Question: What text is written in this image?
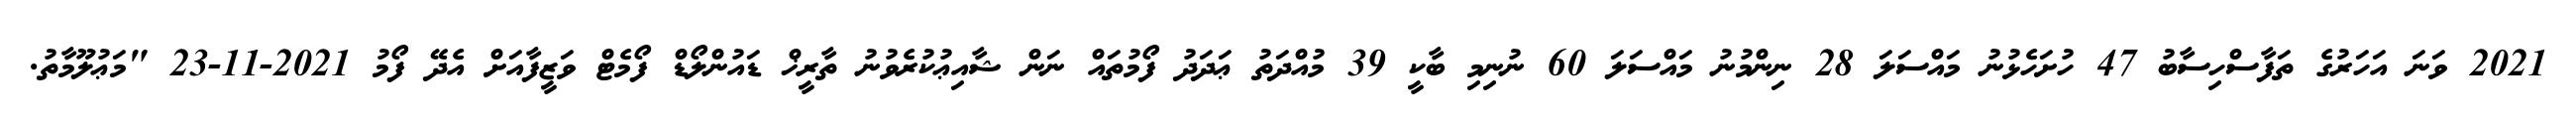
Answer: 2021 ވަނަ އަހަރުގެ ތަފާސްހިސާބު 47 ހުށަހެޅުނު މައްސަލަ 28 ނިންމުނު މައްސަލަ 60 ނުނިމި ބާކީ 39 މުއްދަތު ޢަދަދު ފޯމުތައް ނަން ޝާއިޢުކުރެވުނު ތާރީޚް ޑައުންލޯޑް ފޯމެޓް ވަޒީފާއަށް އެދޭ ފޯމު 2021-11-23 "މަޢުލޫމާތު.